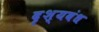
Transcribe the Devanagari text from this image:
दृश्यबंध